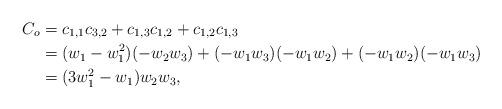
LaTeX: \begin{align*}C_o & = c_{1,1} c_{3,2} + c_{1,3} c_{1,2} + c_{1,2} c_{1,3} \\& = ( w_1 - w_1^2 ) ( - w_2 w_3) + ( - w_1 w_3) ( - w_1 w_2 ) + (- w_1 w_2) ( - w_1 w_3) \\& = (3 w_1^2 - w_1) w_2 w_3,\end{align*}